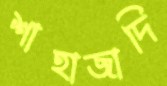
শাহাজাদি